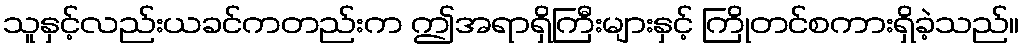
သူနှင့်လည်းယခင်ကတည်းက ဤအရာရှိကြီးများနှင့် ကြိုတင်စကားရှိခဲ့သည်။